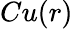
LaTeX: Cu(r)